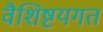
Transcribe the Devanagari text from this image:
वैशिष्टयगत